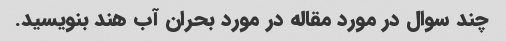
چند سوال در مورد مقاله در مورد بحران آب هند بنویسید.